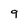
Character: 9